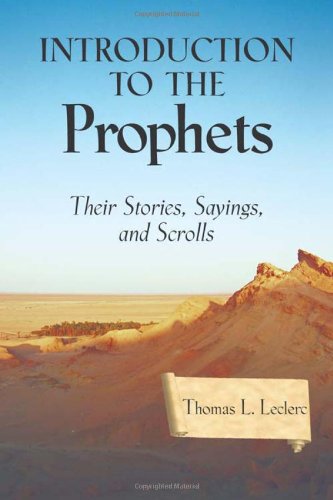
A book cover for Introduction to the Prophets: Their Stories, Sayings, and Scrolls; Thomas L. Leclerc; Christian Books & Bibles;